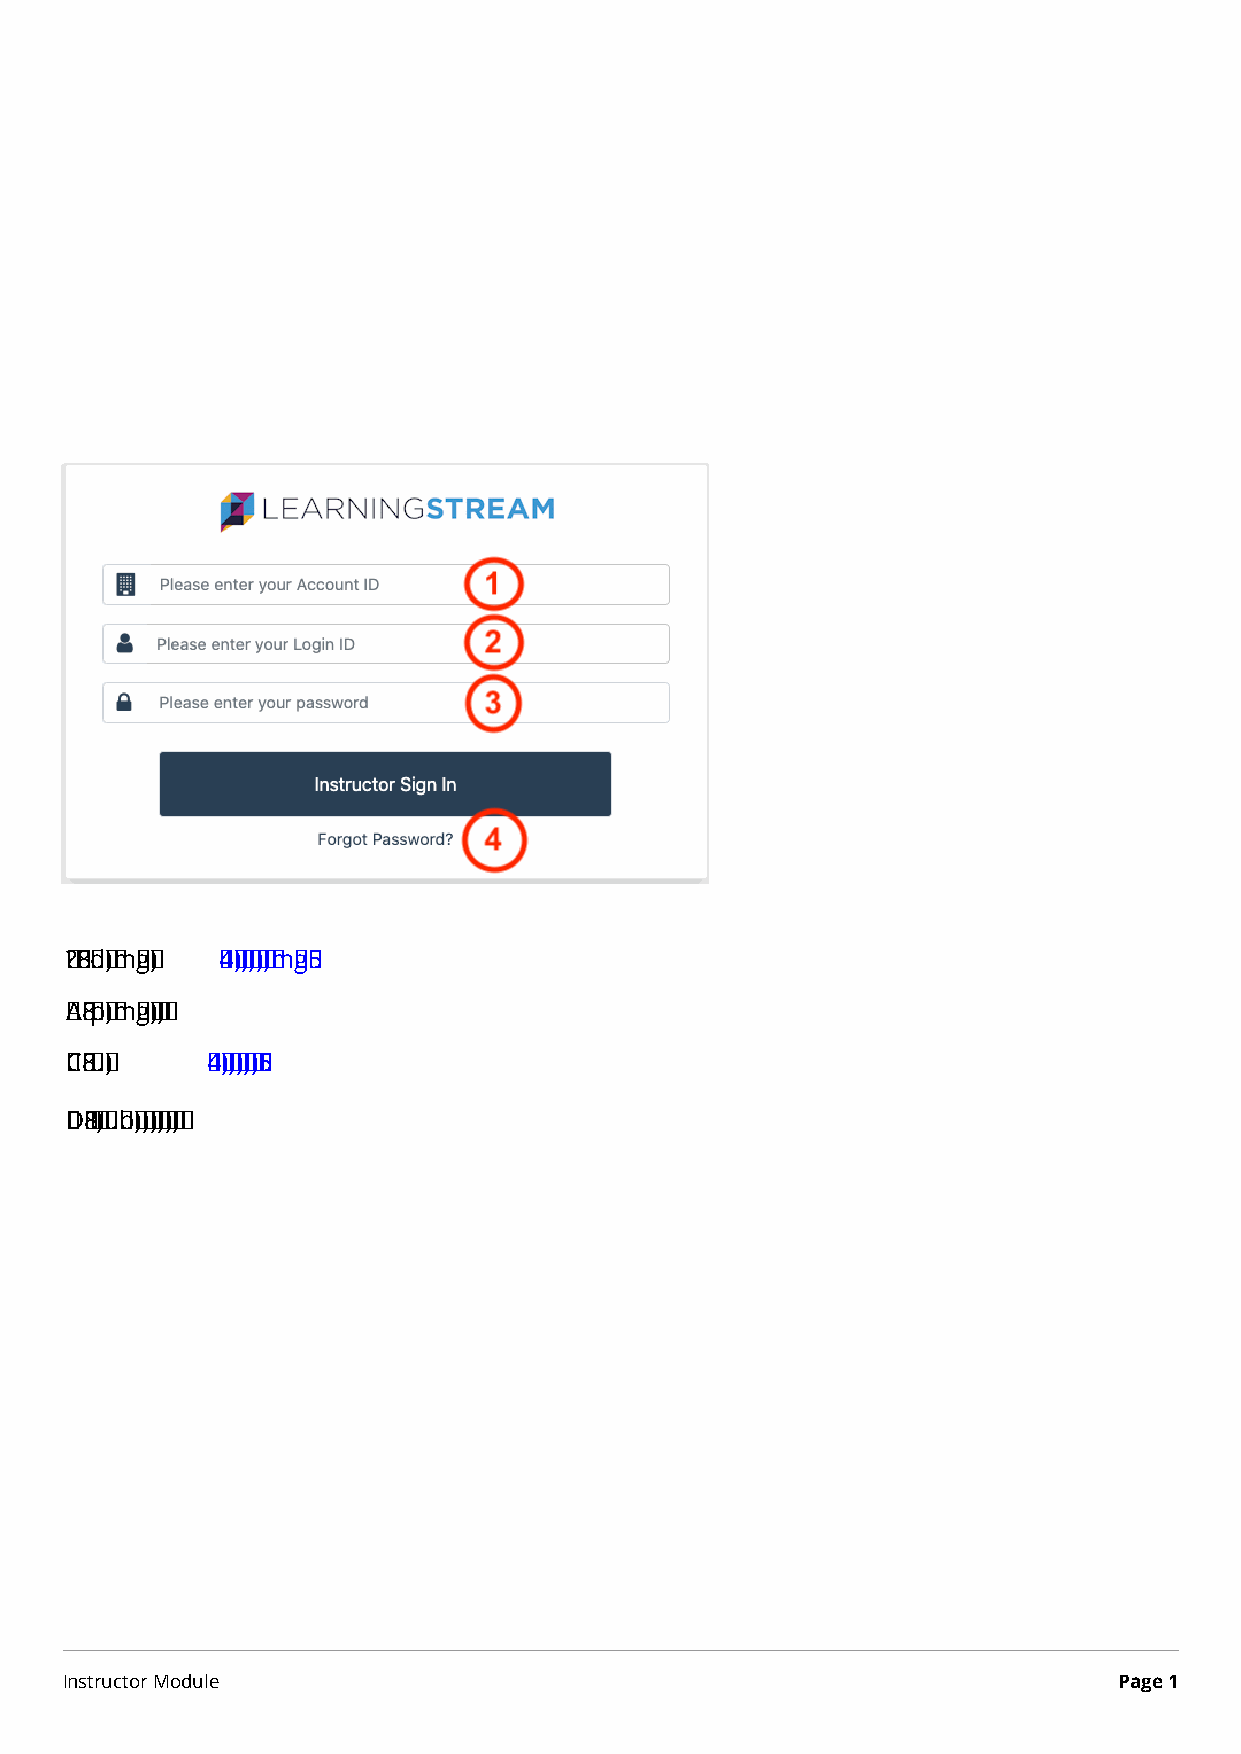
Instructor        Module
 Using   the Instructor    Dashboard
 Instructors can access their assigned courses and have access to tasks from their
 dashboard.
 1. Login from your SSO Student account (link available) or teach@learningstream.com
 Enter:
 1. Account ID (You will receive an account ID)
 2. Login ID or email
 3. Password (You will recieve a temporary password)
 4. Forgot Password? link will email your account information
 Instructor Module                                                     Page 1